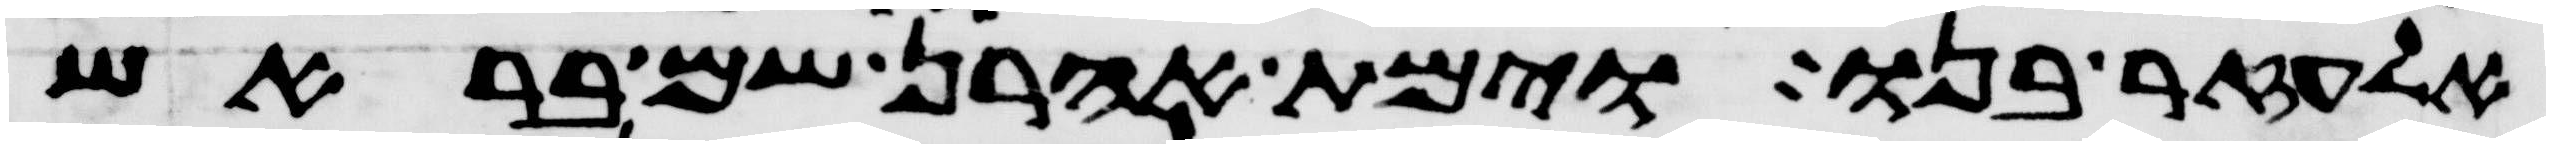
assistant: אלעזר בנו וימת אהרן שם בראש